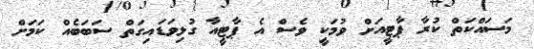
މަސައްކަތް ކުރާ ޕާޓީއަށް ވުމަކީ ވެސް އެ ޕާޓީއާ ގުޅިވަޑައިގަތް ސަބަބެއް ކަމަށް